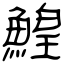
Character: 鰉